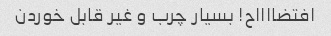
افتضااااح! بسیار چرب و غیر قابل خوردن